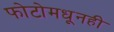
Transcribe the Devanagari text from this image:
फोटोमधूनही